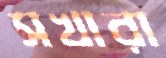
সখারা